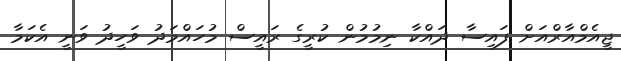
ޖީއެމްއާރްއަށް ފައިސާ ދައްކާ ނިމުމުން ކުރީގެ ރައީސް މުހައްމަދު ވަހީދު ވަނީ އެކަމާ